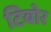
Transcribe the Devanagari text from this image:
टिबोर